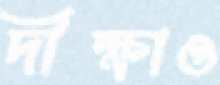
দীক্ষাও